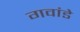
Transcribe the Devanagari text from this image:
गवांडे